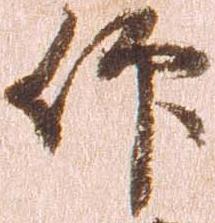
仰